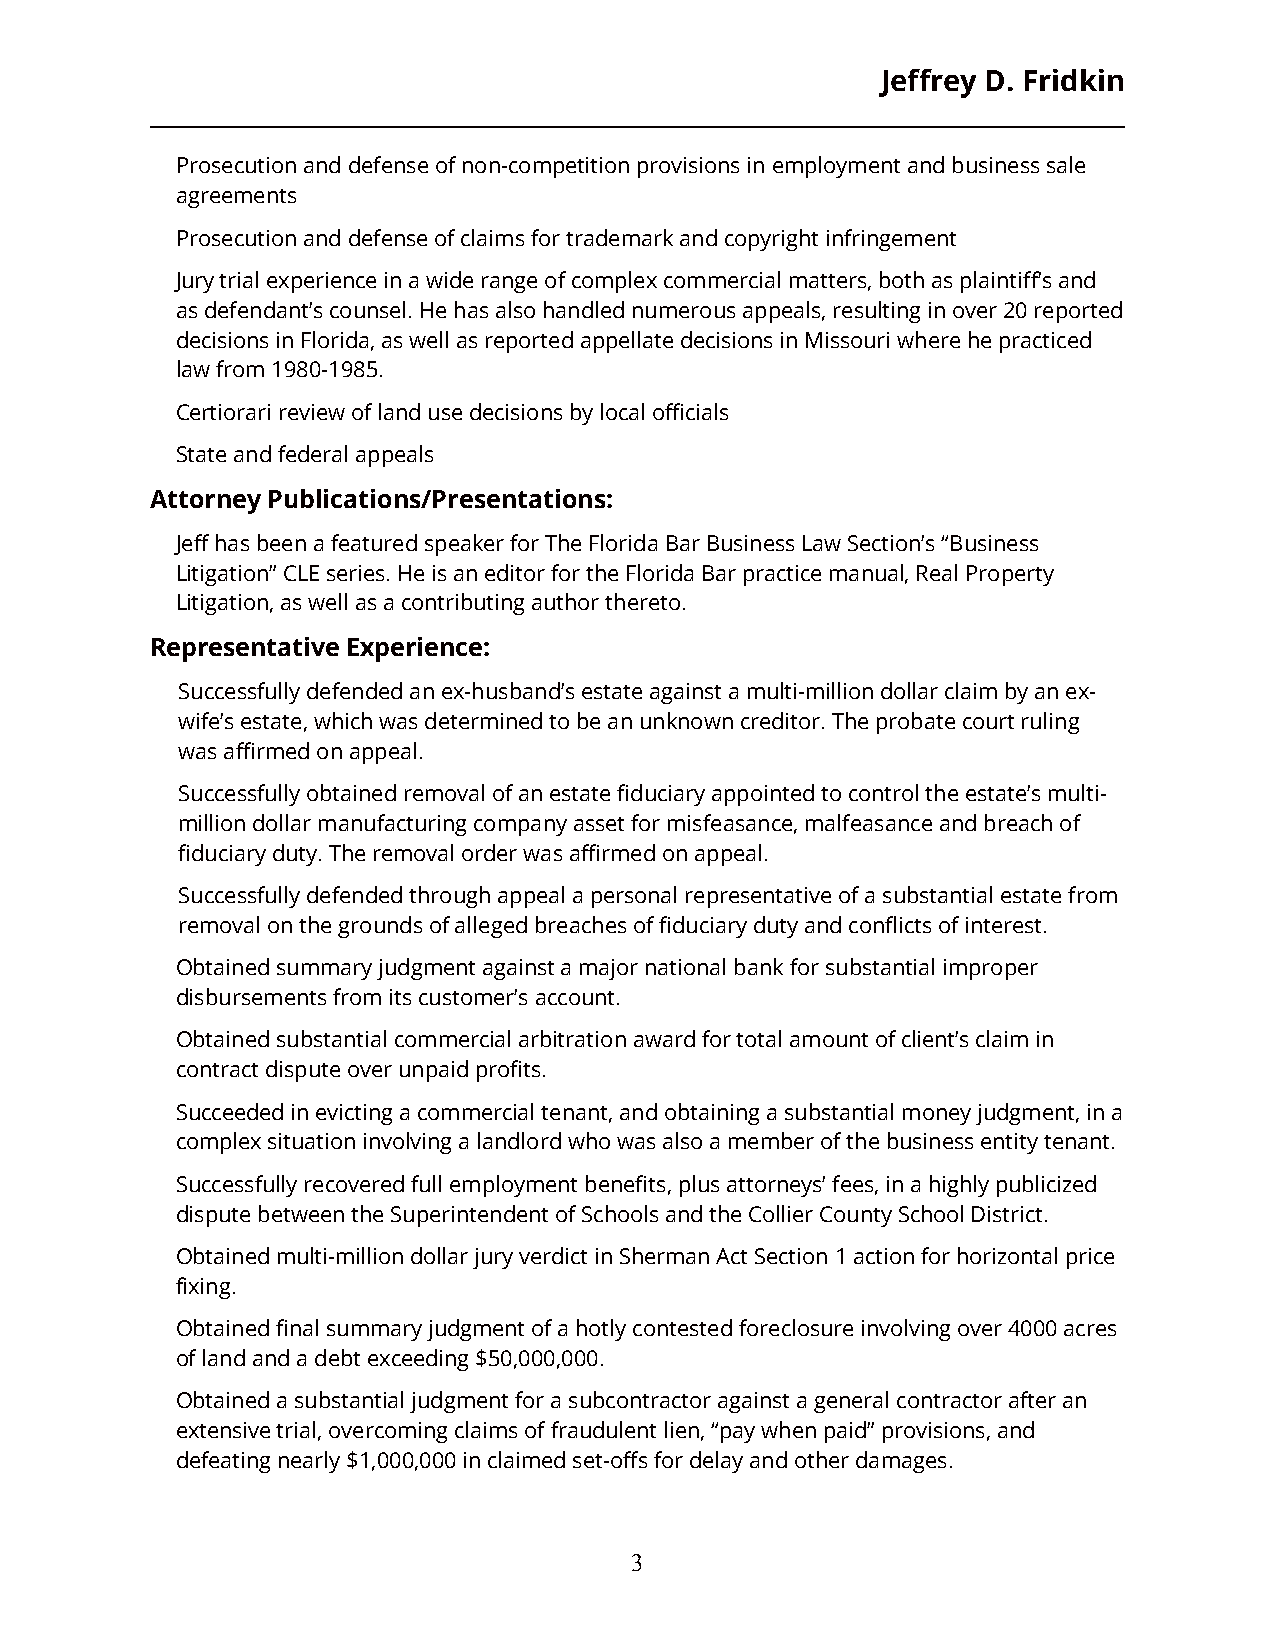
Jeffrey D. Fridkin
 Prosecution and defense of non-competition provisions in employment and business sale
 agreements
 Prosecution and defense of claims for trademark and copyright infringement
 Jury trial experience in a wide range of complex commercial matters, both as plaintiff’s and
 as defendant’s counsel. He has also handled numerous appeals, resulting in over 20 reported
 decisions in Florida, as well as reported appellate decisions in Missouri where he practiced
 law from 1980-1985.
 Certiorari review of land use decisions by local officials
 State and federal appeals
 Attorney Publications/Presentations:
 Jeff has been a featured speaker for The Florida Bar Business Law Section’s “Business
 Litigation” CLE series. He is an editor for the Florida Bar practice manual, Real Property
 Litigation, as well as a contributing author thereto.
 Representative Experience:
 Successfully defended an ex-husband’s estate against a multi-million dollar claim by an ex-
 wife’s estate, which was determined to be an unknown creditor. The probate court ruling
 was affirmed on appeal.
 Successfully obtained removal of an estate fiduciary appointed to control the estate’s multi-
 million dollar manufacturing company asset for misfeasance, malfeasance and breach of
 fiduciary duty. The removal order was affirmed on appeal.
 Successfully defended through appeal a personal representative of a substantial estate from
 removal on the grounds of alleged breaches of fiduciary duty and conflicts of interest.
 Obtained summary judgment against a major national bank for substantial improper
 disbursements from its customer’s account.
 Obtained substantial commercial arbitration award for total amount of client’s claim in
 contract dispute over unpaid profits.
 Succeeded in evicting a commercial tenant, and obtaining a substantial money judgment, in a
 complex situation involving a landlord who was also a member of the business entity tenant.
 Successfully recovered full employment benefits, plus attorneys’ fees, in a highly publicized
 dispute between the Superintendent of Schools and the Collier County School District.
 Obtained multi-million dollar jury verdict in Sherman Act Section 1 action for horizontal price
 fixing.
 Obtained final summary judgment of a hotly contested foreclosure involving over 4000 acres
 of land and a debt exceeding $50,000,000.
 Obtained a substantial judgment for a subcontractor against a general contractor after an
 extensive trial, overcoming claims of fraudulent lien, “pay when paid” provisions, and
 defeating nearly $1,000,000 in claimed set-offs for delay and other damages.
 3